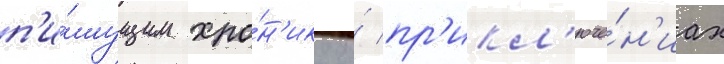
п'и́шущим хро́н'ику о́ пр'икл'юче́н'иах